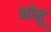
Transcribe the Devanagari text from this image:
नोनू